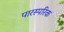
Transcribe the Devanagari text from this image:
पारस्‍परिक